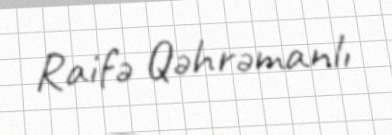
Raifə Qəhrəmanlı